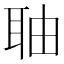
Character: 𮶐